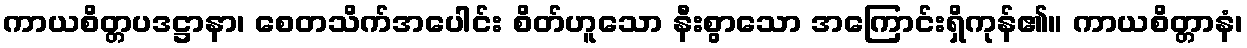
ကာယစိတ္တပဒဋ္ဌာနာ၊ စေတသိက်အပေါင်း စိတ်ဟူသော နီးစွာသော အကြောင်းရှိကုန်၏။ ကာယစိတ္တာနံ၊